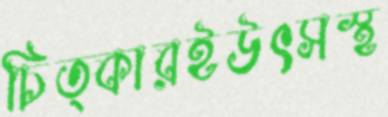
চিত্কারইউৎসস্থ